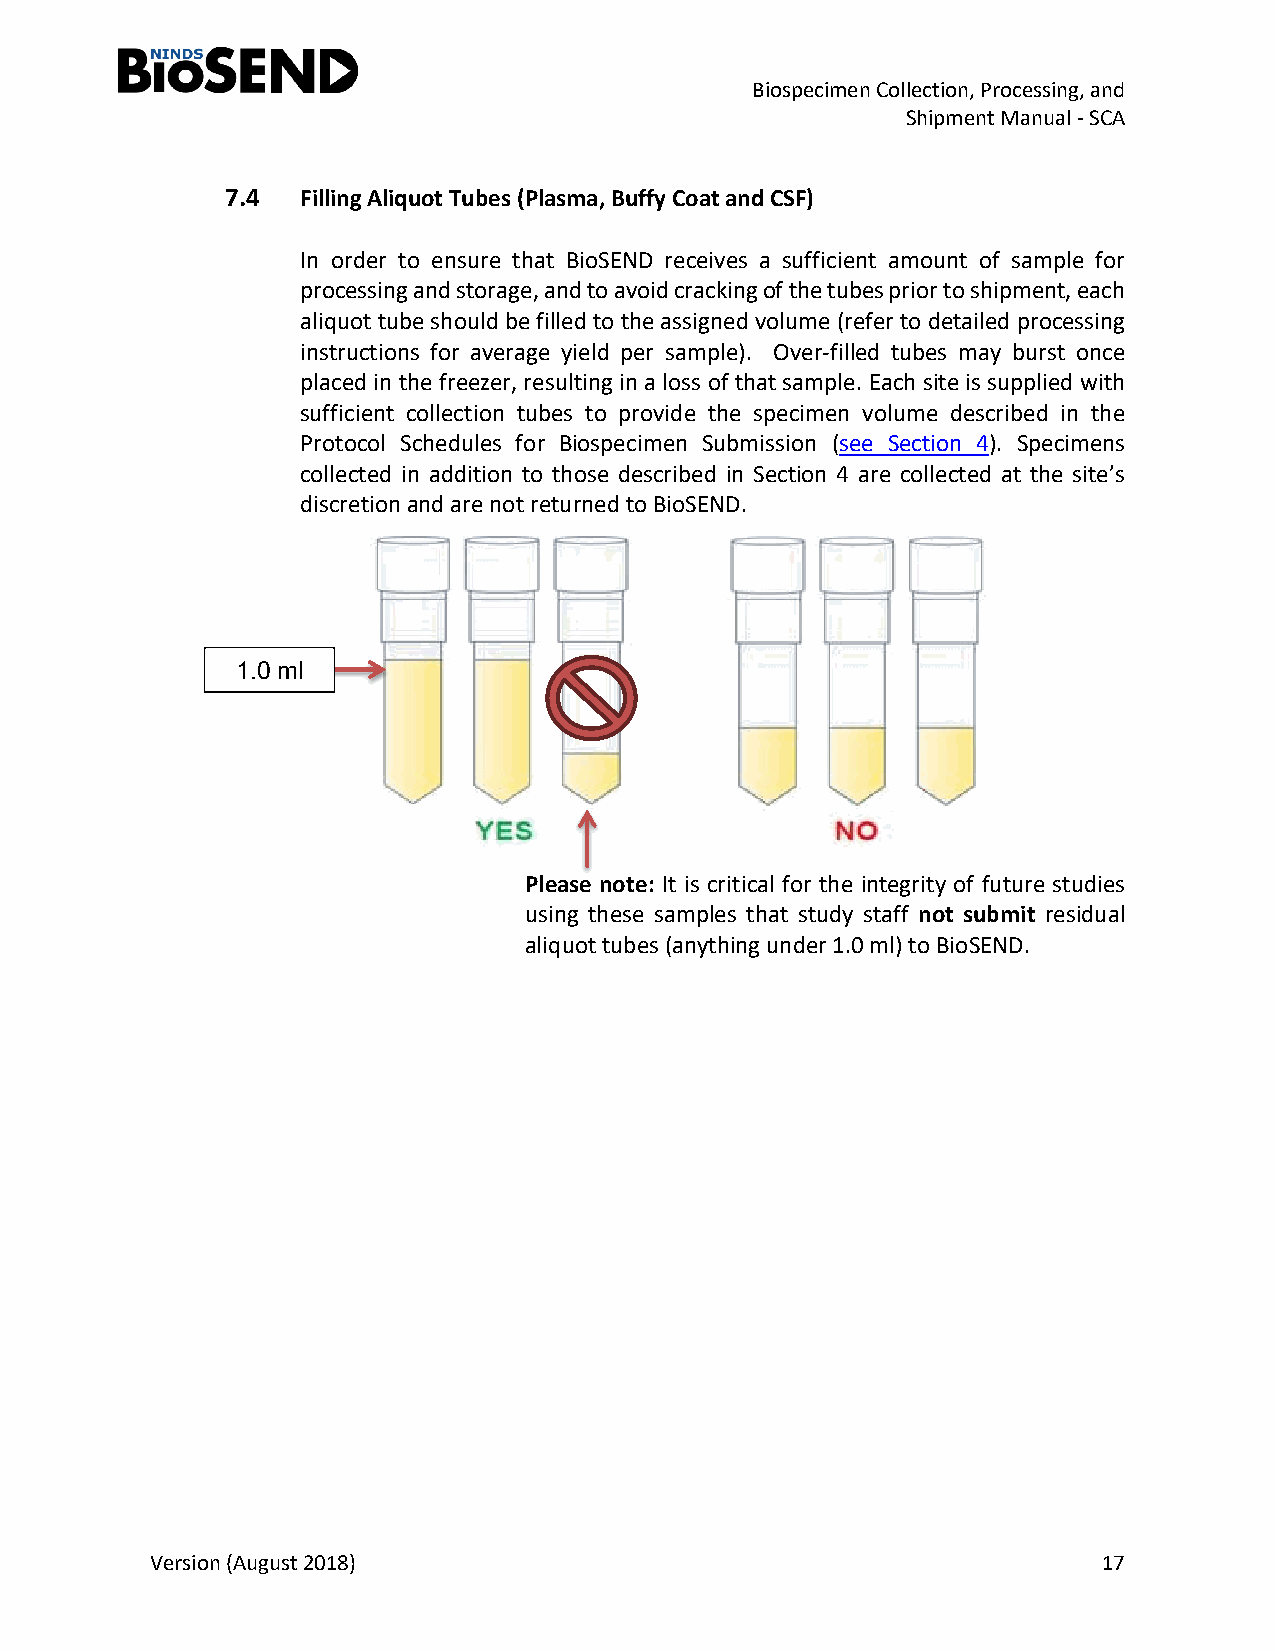
Biospecimen Collection, Processing, and
 Shipment Manual - SCA
 7.4  Filling Aliquot Tubes (Plasma, Buffy Coat and CSF)
 In order to ensure that BioSEND receives a sufficient amount of sample for
 processing and storage, and to avoid cracking of the tubes prior to shipment, each
 aliquot tube should be filled to the assigned volume (refer to detailed processing
 instructions for average yield per sample). Over-filled tubes may burst once
 placed in the freezer, resulting in a loss of that sample. Each site is supplied with
 sufficient collection tubes to provide the specimen volume described in the
 Protocol Schedules for Biospecimen Submission (see Section 4). Specimens
 collected in addition to those described in Section 4 are collected at the site’s
 discretion and are not returned to BioSEND.
 1.0 ml
 Please note: It is critical for the integrity of future studies
 using these samples that study staff not submit residual
 aliquot tubes (anything under 1.0 ml) to BioSEND.
 Version (August 2018)                                          17